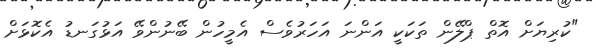
"ކުރިޔަށް އޮތް ޕްލޭން ތަކަކީ އަންނަ އަހަރުވެސް އެމީހުން ބޭނުންވޭ އަޅުގަނޑު އެކޮޅަށް